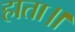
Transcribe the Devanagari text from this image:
हाता॥